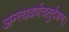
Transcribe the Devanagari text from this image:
अन्त्यवर्णचतुर्दशम्।